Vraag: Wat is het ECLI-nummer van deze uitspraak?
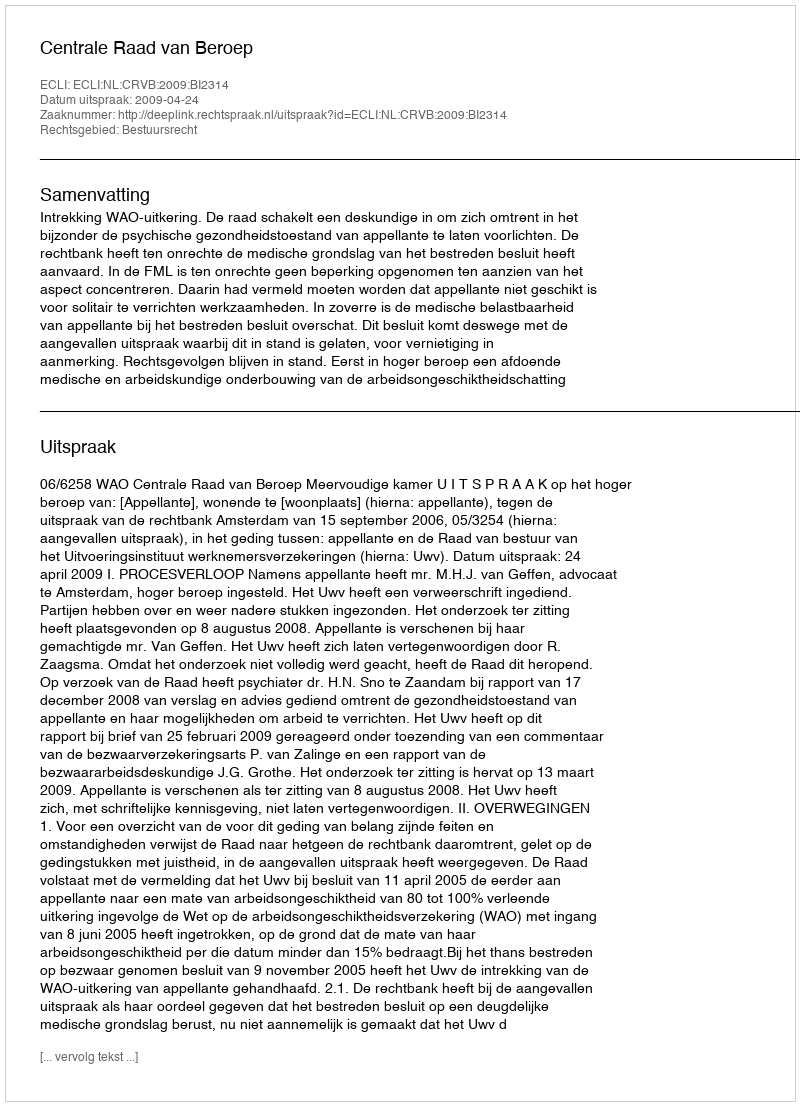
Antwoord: ECLI:NL:CRVB:2009:BI2314